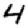
Digit: 4